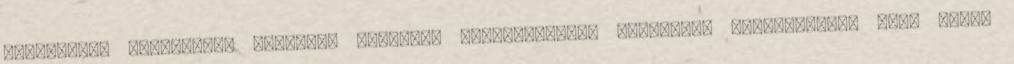
nemzetközi diplomácia terepén, amelynek megfogalmazói tételesen felsorolják, hogy miért